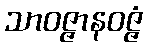
သာဝဇ္ဇာနဝဇ္ဇံ